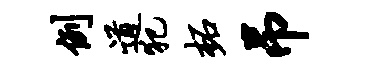
例道犯柘吊